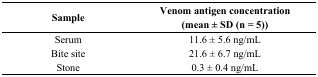
| Sample | Venom antigen concentration(mean ± SD (n = 5)) |
 | --- | --- |
 | Serum | 11.6 ± 5.6 ng/mL |
 | Bite site | 21.6 ± 6.7 ng/mL |
 | Stone | 0.3 ± 0.4 ng/mL |